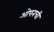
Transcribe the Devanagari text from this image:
ओपनची